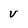
Character: V